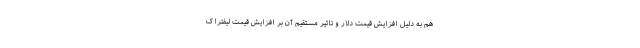
هم به دلیل افزایش قیمت دلار و تاثیر مستقیم آن بر افزایش قیمت لیفتراک